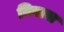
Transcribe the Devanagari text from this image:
बिबास